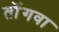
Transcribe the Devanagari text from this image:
तोंगवा